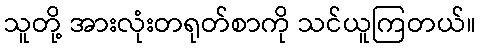
သူတို့ အားလုံးတရုတ်စာကို သင်ယူကြတယ်။